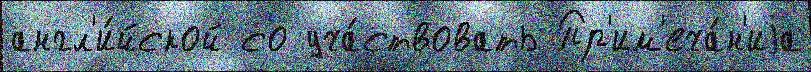
англ'и́йской со уча́ствовать Пр'им'еча́н'иjа